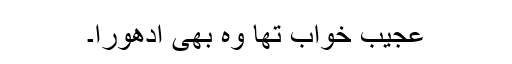
عجیب خواب تھا وہ بھی ادھورا۔